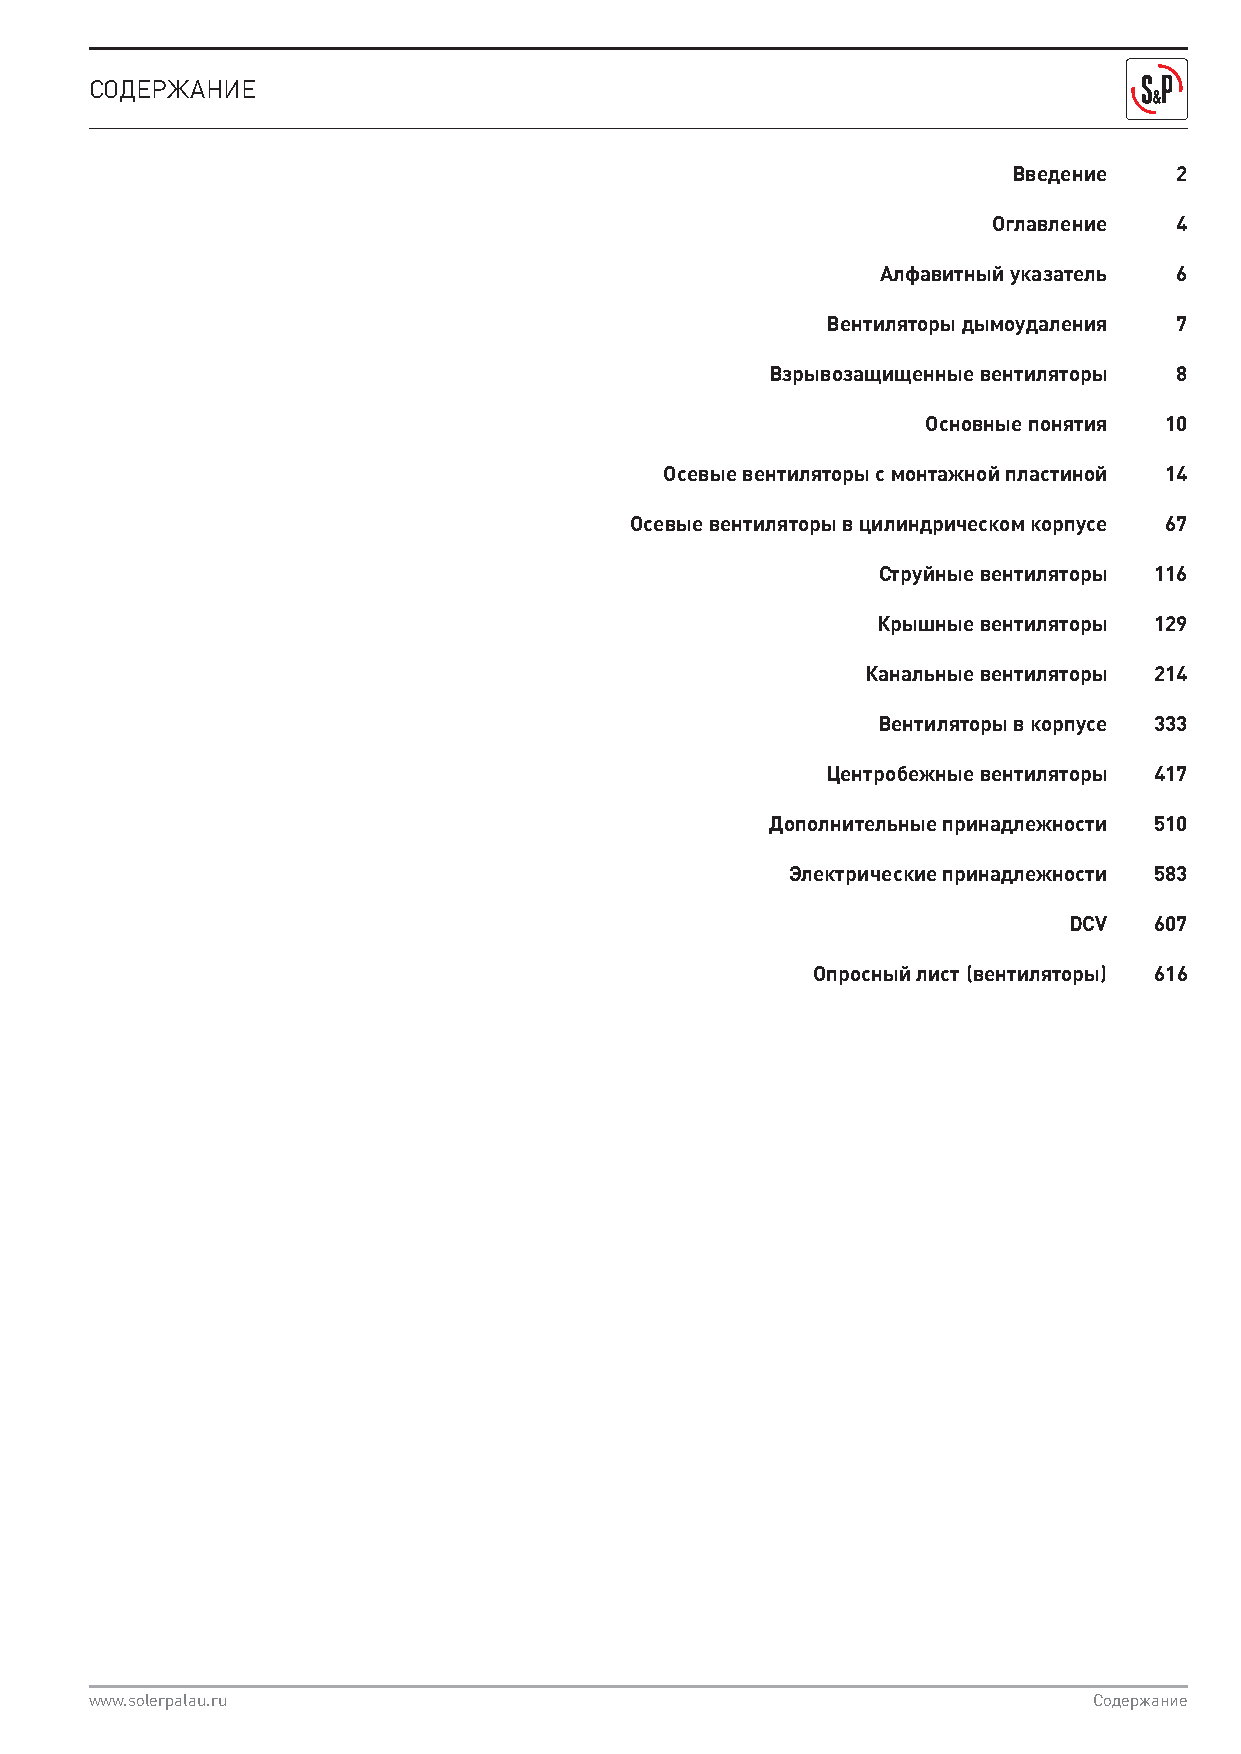
СОДЕРЖАНИЕ
 Введение   2
 Оглавление  4
 Алфавитный указатель 6
 Вентиляторы дымоудаления 7
 Взрывозащищенные вентиляторы 8
 Основные понятия 10
 Осевые вентиляторы с монтажной пластиной 14
 Осевые вентиляторы в цилиндрическом корпусе 67
 Струйные вентиляторы 116
 Крышные вентиляторы 129
 Канальные вентиляторы 214
 Вентиляторы в корпусе 333
 Центробежные вентиляторы 417
 Дополнительные принадлежности 510
 Электрические принадлежности 583
 DCV  607
 Опросный лист (вентиляторы) 616
 www.solerpalau.ru                                                 Содержание